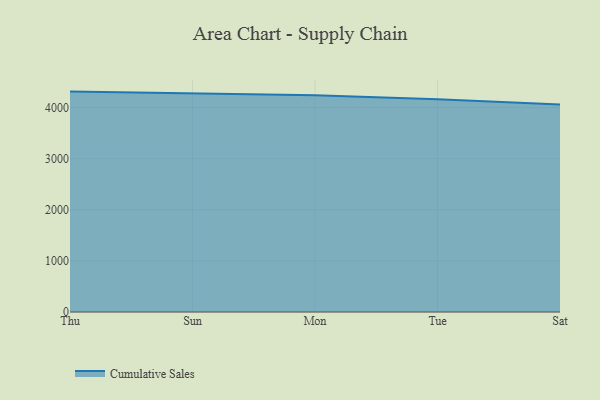
{"axis": {"x": "Day", "y": "Satisfaction Score"}, "legend": ["Cumulative Sales"], "data": [{"x": "Thu", "y": 4313.3, "type": "Cumulative Sales"}, {"x": "Sun", "y": 4282.6, "type": "Cumulative Sales"}, {"x": "Mon", "y": 4242.3, "type": "Cumulative Sales"}, {"x": "Tue", "y": 4165.0, "type": "Cumulative Sales"}, {"x": "Sat", "y": 4062.9, "type": "Cumulative Sales"}]}